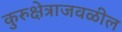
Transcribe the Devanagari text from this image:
कुरुक्षेत्राजवळील